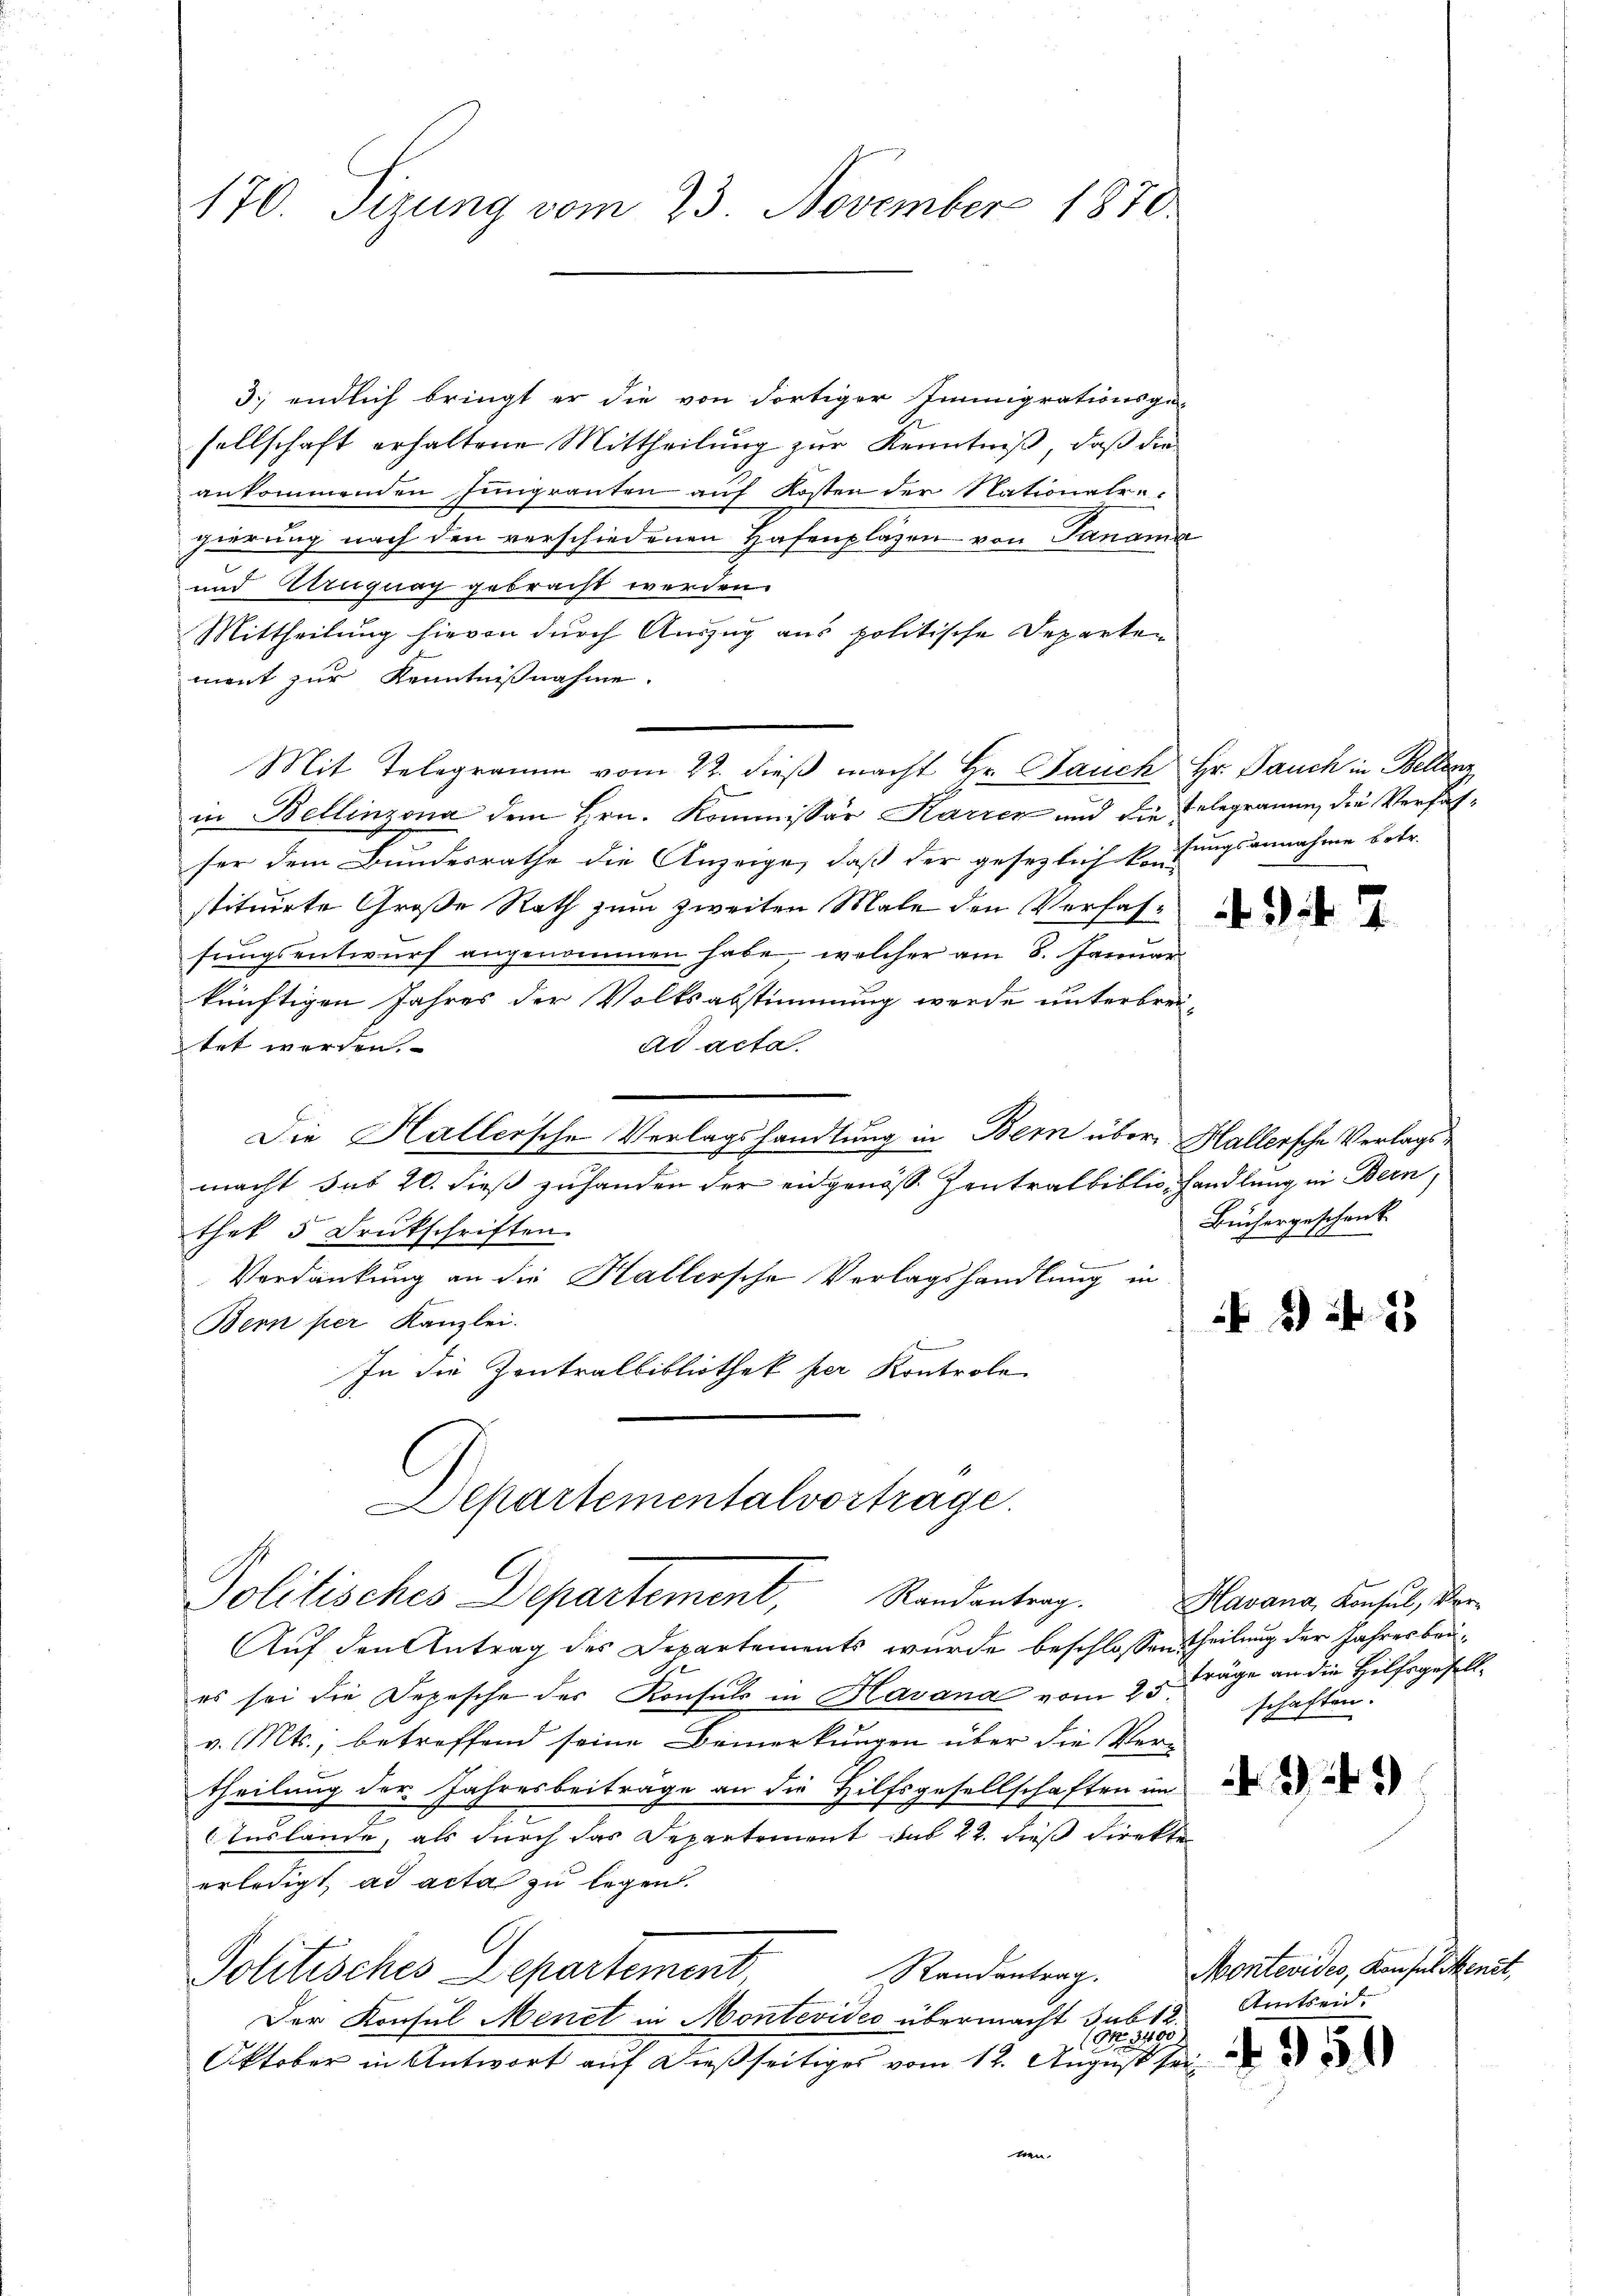
170. Sizung vom 23. November 1870

3. endlich bringt er die von dortiger Immigrationsge-
sellschaft erhaltene Mittheilung zur Kenntniß, daß die
ankommenden Jungranten auf Kosten der Nationalre
gierung nach den verschiedenen Hafenplazen von Panama
und Uruguay gebracht werden.
Mittheilung hievon durch Auszug aus politische Departen
mont zur Kenntnißnahme.
Mit Telegramm vom 22. dieß macht Hr. Jauch Hr. Pauch in Bellen
in Bellinzona dem Hrn. Kommissär Karren und die gegramme, die Verfasser dem Bundesrathe die Anzeige, daß der gesezlich konsungsannahme betr.
stituirte Große Rath zum zweiten Male den Verfasfungsentwurf angenommen habe, welcher am 8. Januar
künftigen Jahres der Volksabstimmung werde unterbrei-
tet werden.
ad acta.
Die Hallersche Verlagshandlung in Bern über Hallersche Verlagsmacht das 20. dieß zuhanden der eidgenöss Zentralbiblio handlung in Bern,
thek 5 Drukschriften.
Verdankung an die Hallersche Verlagshandlung in
Bern per Kanzlei.
In die Zentralbibliothek per Kontrole
Departementalvortrage.
Politisches Departement, Randantrag.
Auf den Antrag des Departements wurde beschlossen Teilung der Jahresbaues sei die Depesche des Konsuls in Havana vom 25.
v. Mts., betreffend seine Bemerkungen über die Vertheilung der Jahresbeiträge an die Hilfsgesellschaften im
.
Auslände, als durch das Departement das 22. dieß direkte
erledigt, ad acta zu legen.
Politisches Departement
Randantrag.
Der Konsul Menet in Montevideo übermacht sub 12.
 No. 3400.
Oktober in Antwort auf dießseitiges vom 12. August seinen.

7

schente
Bucherge¬

82

Havana, Konsul, Vorträge an die Hilfsgesellschaften.

e

) 2)

Montevides, Konsul Ment,
Amtseid.

951